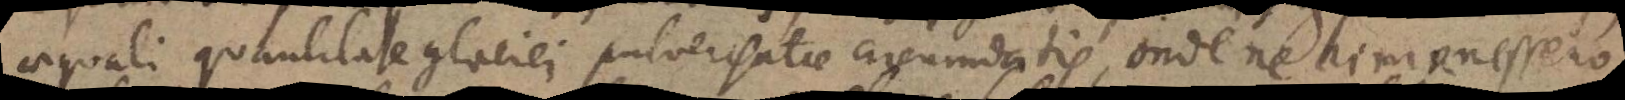
aequali quantitate glaciei pulverisatae circumdatis, onde ne rimanessero